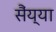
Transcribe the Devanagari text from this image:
सैंय्या